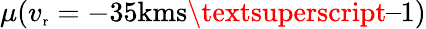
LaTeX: \mu(v_{\scriptsize\textrm{r}}=-35\textrm{kms\textsuperscript{–1}})